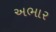
અભાર